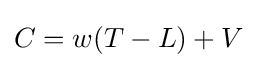
C=w(T-L)+V